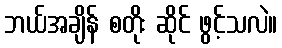
ဘယ်အချိန် စတိုး ဆိုင် ဖွင့်သလဲ။